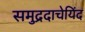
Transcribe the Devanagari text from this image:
समुद्रदाचेयिंद